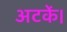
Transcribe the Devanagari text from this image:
अटकें।